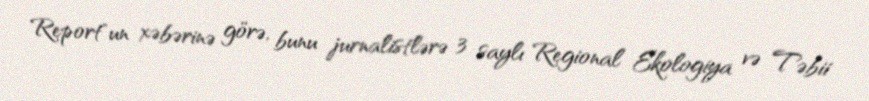
Report"un xəbərinə görə, bunu jurnalistlərə 3 saylı Regional Ekologiya və Təbii